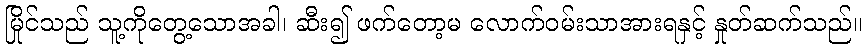
မြိုင်သည် သူ့ကိုတွေ့သောအခါ၊ ဆီး၍ ဖက်တော့မ လောက်ဝမ်းသာအားရနှင့် နှုတ်ဆက်သည်။